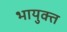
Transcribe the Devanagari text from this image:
भायुक्त